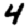
Digit: 4